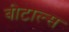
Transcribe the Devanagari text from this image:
बीटाल्स